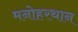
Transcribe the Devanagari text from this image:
मनोहरथान